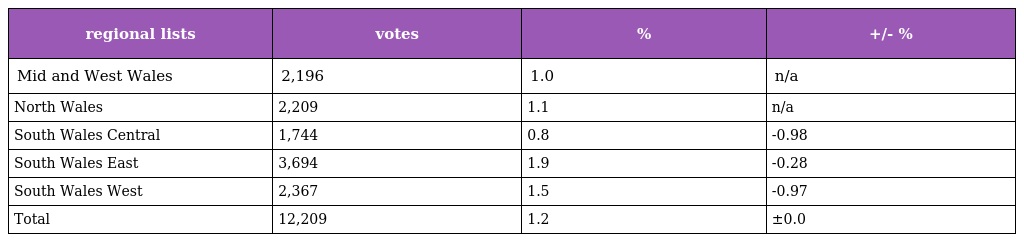
| regional lists | votes | % | +/- % |
 | --- | --- | --- | --- |
 | Mid and West Wales | 2,196 | 1.0 | n/a |
 | North Wales | 2,209 | 1.1 | n/a |
 | South Wales Central | 1,744 | 0.8 | -0.98 |
 | South Wales East | 3,694 | 1.9 | -0.28 |
 | South Wales West | 2,367 | 1.5 | -0.97 |
 | Total | 12,209 | 1.2 | ±0.0 |